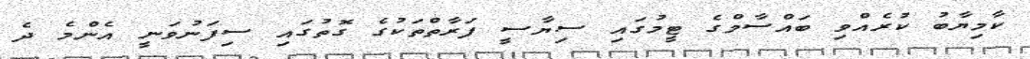
ކާމިޔާބު ކުރެއްވި ބައްސާމްގެ ޓީމުގައި ސިޔާސީ ފަރާތްތަކުގެ ގޮތުގައި ސިފަނުވަނީ އެންމެ ދެ